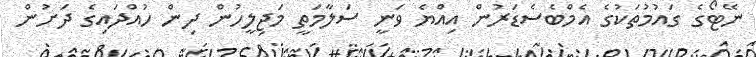
ނޭޓޯގެ ގައުމުތަކުގެ އެމްބެސެޑަރުން އިއްޔެ ވަނީ ސަލާމަތީ މަޖިލީހުން ދިން ހުއްދައިގެ ދަށުން